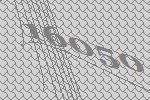
16050